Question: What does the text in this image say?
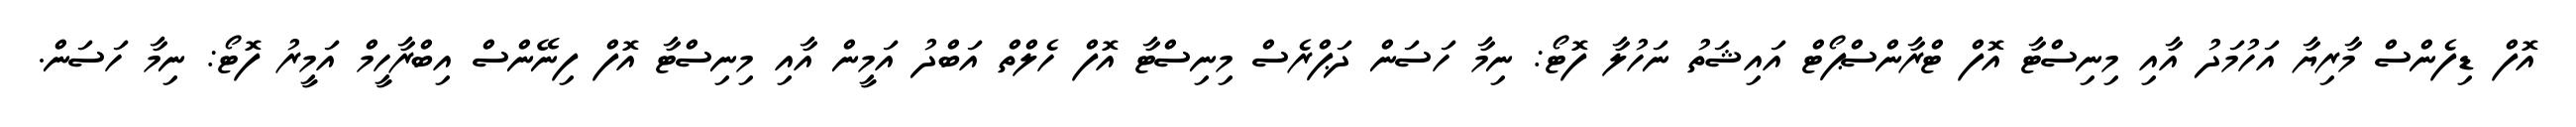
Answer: އޮފް ޑިފެންސް މާރިޔާ އަހުމަދު އާއި މިނިސްޓާ އޮފް ޓްރާންސްޕޯޓް އައިޝަތު ނަހުލާ ފޮޓޯ: ނިމާ ހަސަން ދަޕްރެސް މިނިސްޓާ އޮފް ހެލްތް އަބްދު އަމީން އާއި މިނިސްޓާ އޮފް ފިނޭންސް އިބްރާހީމް އަމީރު ފޮޓޯ: ނިމާ ހަސަން.